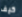
كيف